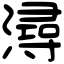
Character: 潯